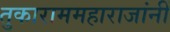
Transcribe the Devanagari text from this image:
तुकाराममहाराजांनीं